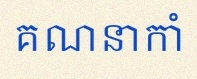
គណនាកាំ